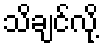
သိချင်လို့